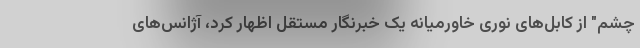
چشم" از کابل‌های نوری خاورمیانه یک خبرنگار مستقل اظهار کرد، آژانس‌های